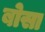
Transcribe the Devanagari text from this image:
बोसा